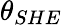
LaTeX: \theta_{SHE}